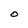
Character: o